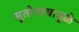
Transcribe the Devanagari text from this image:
सूतोवाचामूळे